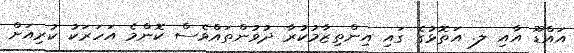
އައްޑޫ އާއި ލ. އަތޮޅުގެ ގައި އިންތިޒާމުކުރާ ދުވުންތައްވެސް ކޮންމެ އަހަރަކު ކުރިއަށް